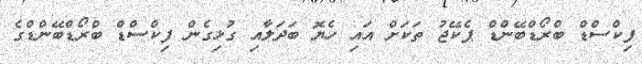
ފިކްސްޑް ބްރޯޑްބޭންޑް ޕެކޭޖު ތަކަށް އައި ހެޔޮ ބަދަލާއި ގުޅިގެން ފިކްސްޑް ބްރޯޑްބޭންޑްގެ